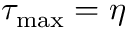
\tau _ { \operatorname* { m a x } } = \eta